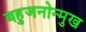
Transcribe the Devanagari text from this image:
बहुजनोन्मुख